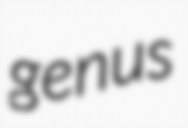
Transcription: genus